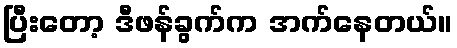
ပြီးတော့ ဒီဖန်ခွက်က အက်နေတယ်။